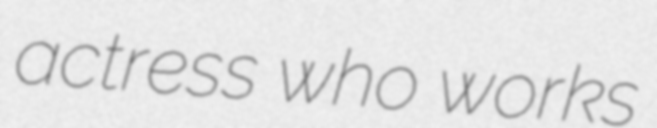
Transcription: actress who works